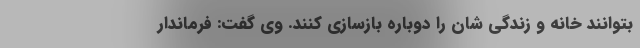
بتوانند خانه و زندگی شان را دوباره بازسازی کنند. وی گفت: فرماندار